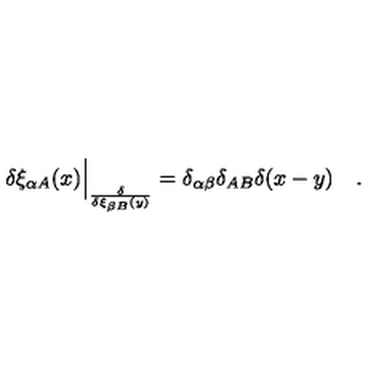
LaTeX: \delta \xi _ { \alpha A } ( x ) \Big | _ { \frac { \delta } { \delta \xi _ { \beta B } ( y ) } } = \delta _ { \alpha \beta } \delta _ { A B } \delta ( x - y ) \quad .